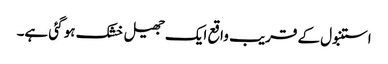
استنبول کے قریب واقع ایک جھیل خشک ہو گئی ہے۔